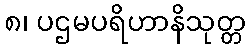
၈၊ ပဌမပရိဟာနိသုတ္တ